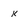
Character: k